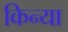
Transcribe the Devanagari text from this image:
किन्या